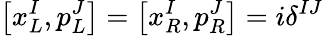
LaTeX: \left[x_{L}^{I},p_{L}^{J}\right]=\left[x_{R}^{I},p_{R}^{J}\right]=i\delta^{IJ}